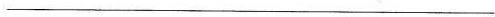
___